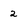
Character: 2